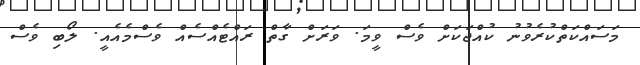
މަސައްކަތްކުރެވުނު ކުއްޖަކަށް ވެސް ވީމަ. ވަރަށް ގާތް ރައްޓެއްސެއް ވެސްމެއެއީ. ލޯބި ވެސް